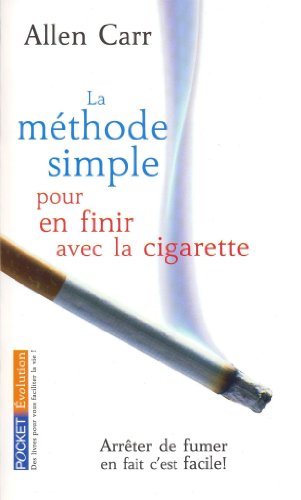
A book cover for La Methode Simple Pour En Finir Avec la Cigarette (French Edition); Allen Carr; Health, Fitness & Dieting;